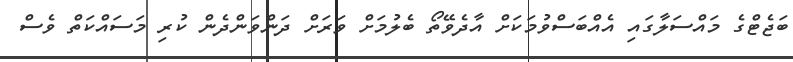
ބަޖެޓްގެ މައްސަލާގައި އެއްބަސްވުމަކަށް އާދެވޭތޯ ބެލުމަށް ވަރަށް ދަންވަންދެން ކުރި މަސައްކަތް ވެސް